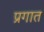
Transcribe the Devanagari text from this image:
प्रगात